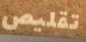
تقليص